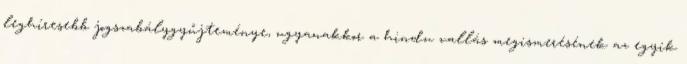
leghíresebb jogszabálygyűjteménye, ugyanakkor a hindu vallás megismerésének az egyik